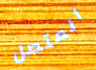
المتصل